Report on vaccination in the Province of Bengal - 1874-1889
Year: 1874
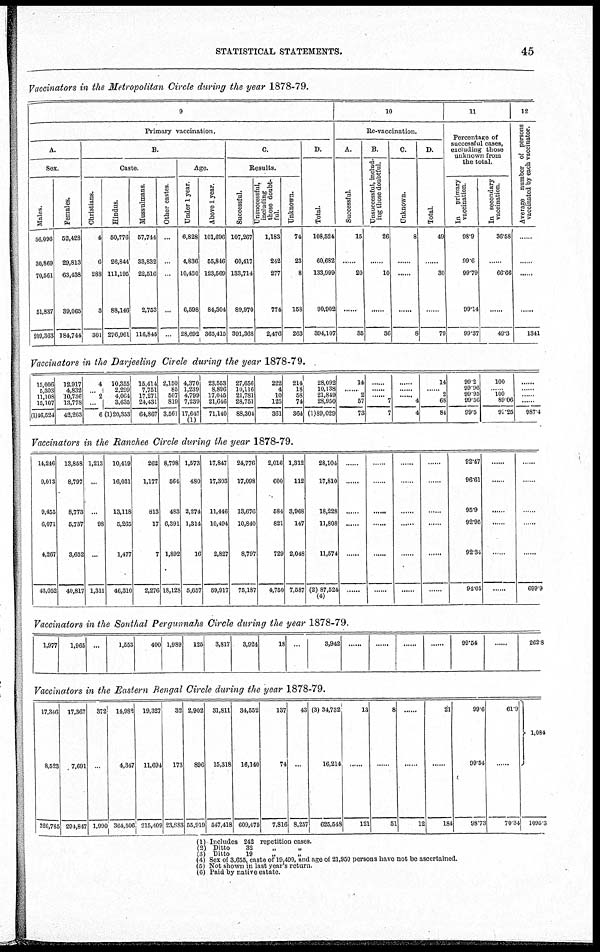
STATISTICAL STATEMENTS.
45
Vaccinators in the Metropolitan Circle during the year 1878-79.
9
Primary vaccination.
A.
Sex.
Males.
56,096
30,869
70,561
51,837
209,363
Females.
52,428
29,813
63,438
39,065
184,744
B.
Caste.
Christians.
4
6
288
3
301
Hindus.
50,776
26,844
111,195
88,146
276,961
Mussulmans.
57,744
33,832
22,516
2,753
116,845
Other castes.
...
...
...
...
...
Age.
Under 1 year.
6,828
4,836
10,430
6,598
28,692
Above 1 year.
101,696
55,846
123,569
84,304
365,415
C.
Results.
Successful.
107,267
60,417
133,714
89,970
391,368
Unsuccessful,
including
those doubt-
ful.
1,183
242
277
774
2,476
Unknown.
74
23
8
158
263
D.
Total.
108,524
60,682
133,999
90,902
394,107
10
Re-vaccination.
A.
Successful.
15
......
20
......
35
B.
Unsuccessful, includ-
ing those doubtful.
26
......
10
36
C.
Unknown.
8
.
8
D.
Total.
49
......
30
......
79
11
Percentage of
successful cases,
excluding those
unknown from
the total.
In
primary
vaccination.
98.9
99.6
99.79
99.14
99.37
In secondary
vaccination.
36.58
......
66.66
49.3
12
Average number of persons
vaccinated by each vaccinator.
......
1341
Vaccinators in the Darjeeling Circle during the year 1878-79.
15,006
5,303
11,108
15,107
(1)46,524
12,917
4,832
10,736
13,778
42,263
4
...
2
...
6
10,355
2,299
4,064
3,635
(1)20,353
15,414
7,751
17,271
24,431
64,867
2,150
85
507
819
3,561
4,370
1,239
4,799
7,239
17,647
(1)
23,553
8,896
17,045
21,646
71,140
27,656
10,116
21,781
28,751
88,304
222
4
10
125
361
214
18
58
74
364
28,092
10,138
21,849
28,950
(1)89,029
14
2
57
73
......
......
......
7
7
......
......
...
4
4
14
...... 2
68
84
99.2
99.96
99.95
99.56
99.5
100
......
100 89.06
91.25
......
......
......
987.4
Vaccinators in the Ranchee Circle during the year 1878-79.
14,246
9,013
9,455
6,071
4,267
43,052
13,858
8,797
8,773
5,737
3,652
40,817
1,213
...
...
98
...
1,311
10,419
16,031
13,118
5,265
1,477
46,310
262
1,177
813
17
7
2,276
8,798
564
483
6,391
1,892
18,128
1,573
480
2,274
1,314
16
5,657
17,847
17,393
11,446
10,494
2,827
59,917
24,776
17,098
13,676
10,840
8,797
75,187
2,016
600
584
821
729
4,750
1,312
112
3,968
147
2,048
7,587
28,104
17,810
18,228
11,808
11,574
(2) 87,524
(4)
......
......
......
......
......
......
......
......
......
......
92.47
96.61
95.9
92.95
92.34
94.05
...... ......
......
699.9
Vaccinators in the Sonthal Pergunnahs Circle during the year 1878-79.
1,977
1,965 ...
1,553
400 1,989
125
3,817
3,924
18 ...
3,942
99.54
......
262.8
Vaccinators in the Eastern Bengal Circle during the year 1878-79.
17,346
8,523
326,785
17,367
7,691
294,847
372
...
1,990
14,982
4,347
364,506
19,327
11,694
215,409
32
173
23,888
2,902
896
55,919
31,811
15,318
547,418
34,552
16,140
609,475
137
74
7,816
43
...
8,257
(3) 34,732
16,214
625,548
13
......
121
8
......
51
......
......
12
21
......
184
99.6
99.54
98.73
61.9
......
70.34
1,084
1095.3
(1) Includes 242 repetition cases.
(2) Ditto
32 „ „
(3) Ditto
19 „ „
(4) Sex of 3,655, caste of 19,499, and age of 21,950 persons have not be ascertained.
(5) Not shown in last year's return.
(6) Paid by native estate.